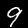
Label: 9